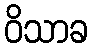
ဝိသာခ